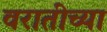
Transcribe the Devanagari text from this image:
वरातीच्या